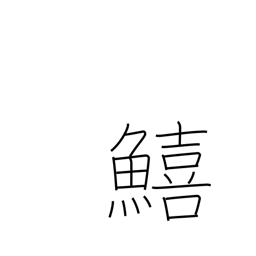
Meaning: sillaginoid